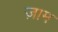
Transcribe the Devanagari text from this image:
ज़ाम